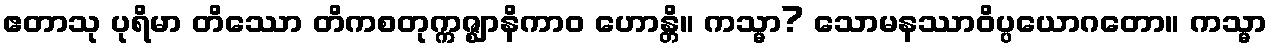
ဧတာသု ပုရိမာ တိဿော တိကစတုက္ကဇ္ဈာနိကာဝ ဟောန္တိ။ ကသ္မာ? သောမနဿာဝိပ္ပယောဂတော။ ကသ္မာ